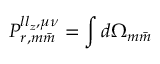
P _ { r , m \bar { m } } ^ { l l _ { z } , \mu \nu } = \int d \Omega _ { m \bar { m } }